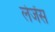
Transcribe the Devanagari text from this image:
लेजेंस